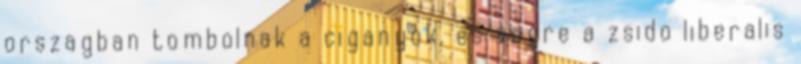
orszagban tombolnak a ciganyok, es vegre a zsido liberalis